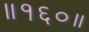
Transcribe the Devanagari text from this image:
॥१६०॥